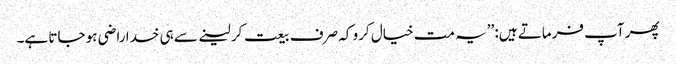
پھر آپ فرماتے ہیں: ’’یہ مت خیال کرو کہ صرف بیعت کر لینے سے ہی خدا راضی ہو جاتا ہے۔